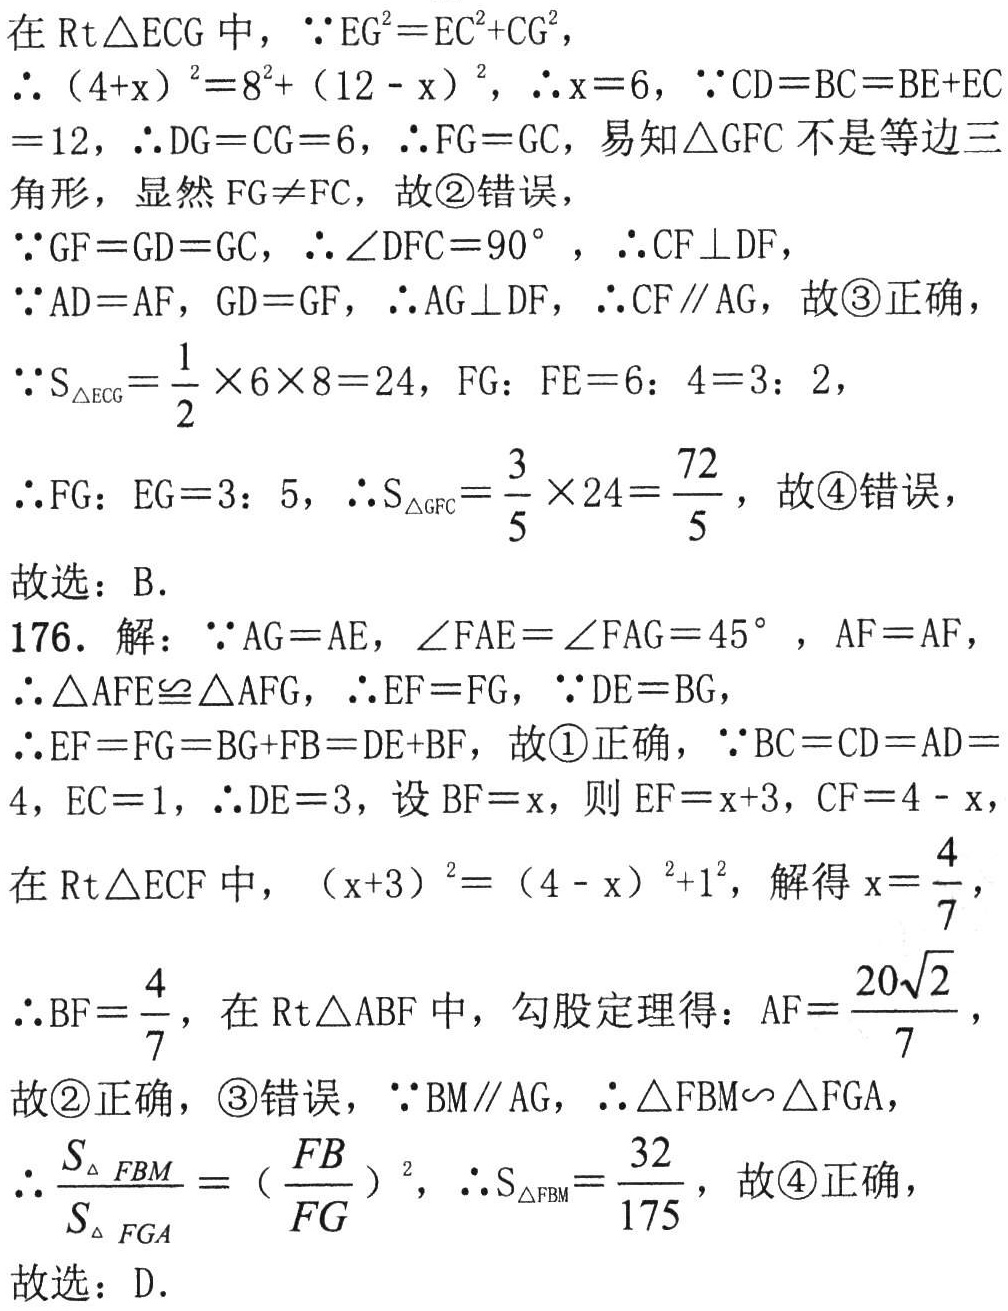
在$\text{Rt}\triangle ECG$中，$\because EG^{2}=EC^{2}+CG^{2}$，
$\therefore (4 + x)^{2}=8^{2}+(12 - x)^{2}$，$\therefore x = 6$，$\because CD = BC = BE + EC=12$，$\therefore DG = CG = 6$，$\therefore FG = GC$，易知$\triangle GFC$不是等边三角形，显然$FG\neq FC$，故\textcircled{2}错误，
$\because GF = GD = GC$，$\therefore \angle DFC = 90^{\circ}$，$\therefore CF\perp DF$，
$\because AD = AF$，$GD = GF$，$\therefore AG\perp DF$，$\therefore CF\parallel AG$，故\textcircled{3}正确，
$\because S_{\triangle ECG}=\frac{1}{2}\times6\times8 = 24$，$FG:FE = 6:4 = 3:2$，
$\therefore FG:EG = 3:5$，$\therefore S_{\triangle GFC}=\frac{3}{5}\times24=\frac{72}{5}$，故\textcircled{4}错误，
故选：B.
176. 解：$\because AG = AE$，$\angle FAE=\angle FAG = 45^{\circ}$，$AF = AF$，
$\therefore \triangle AFE\cong\triangle AFG$，$\therefore EF = FG$，$\because DE = BG$，
$\therefore EF = FG = BG + FB = DE + BF$，故\textcircled{1}正确，$\because BC = CD = AD = 4$，$EC = 1$，$\therefore DE = 3$，设$BF = x$，则$EF = x + 3$，$CF = 4 - x$，
在$\text{Rt}\triangle ECF$中，$(x + 3)^{2}=(4 - x)^{2}+1^{2}$，解得$x=\frac{4}{7}$，
$\therefore BF=\frac{4}{7}$，在$\text{Rt}\triangle ABF$中，勾股定理得：$AF=\frac{20\sqrt{2}}{7}$，
故\textcircled{2}正确，\textcircled{3}错误，$\because BM\parallel AG$，$\therefore \triangle FBM\sim\triangle FGA$，
$\therefore \frac{S_{\triangle FBM}}{S_{\triangle FGA}}=(\frac{FB}{FG})^{2}$，$\therefore S_{\triangle FBM}=\frac{32}{175}$，故\textcircled{4}正确，
故选：D.